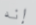
إنه